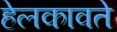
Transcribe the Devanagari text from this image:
हेलकावते